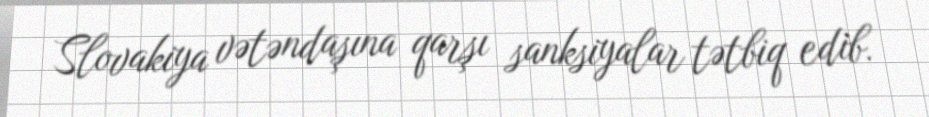
Slovakiya vətəndaşına qarşı sanksiyalar tətbiq edib.